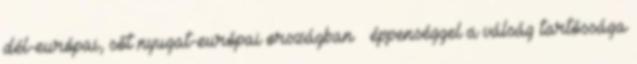
dél-európai, sőt nyugat-európai országban – éppenséggel a válság tartóssága